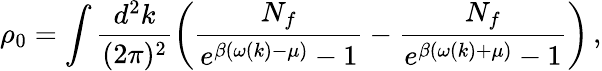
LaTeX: \rho_{0}=\int\frac{d^{2}k}{(2\pi)^{2}}\left(\frac{N_{f}}{e^{\beta(\omega(k)-\mu)}-1}-\frac{N_{f}}{e^{\beta(\omega(k)+\mu)}-1}\right)\, ,